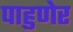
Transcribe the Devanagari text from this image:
पाहुणेर